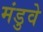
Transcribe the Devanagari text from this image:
मंडुवे